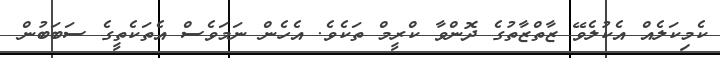
ކެމިކަލެއް އެކުލެވޭ ޒާތްޒާތުގެ ދޮންވާ ކްރީމް ތަކެވެ. އެހެން ނަމަވެސް އެތަކެތީގެ ސަބަބުން